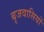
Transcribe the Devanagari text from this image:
बृजवासियों